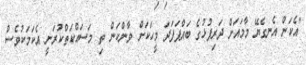
"އެކަން އެނގެޔޭ މާމައަށް ދަރިފުޅުގެ ބައްޕަފަދަ މީހަކަށް ވާންކަން ތި މަސައްކަތްކުރަނީ އެކަމަކުވެސް